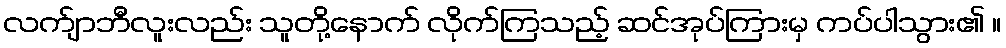
လက်ျာဘီလူးလည်း သူတို့နောက် လိုက်ကြသည့် ဆင်အုပ်ကြားမှ ကပ်ပါသွား၏ ။